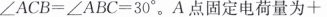
∠ACB=∠ABC=30°。A点固定电荷量为+